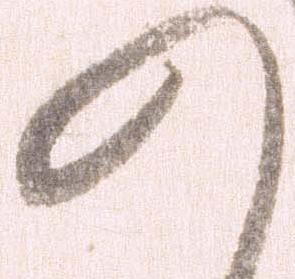
の